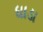
ધાડા